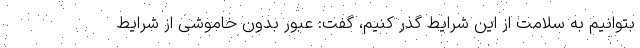
بتوانیم به سلامت از این شرایط گذر کنیم، گفت: عبور بدون خاموشی از شرایط